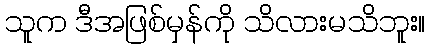
သူက ဒီအဖြစ်မှန်ကို သိလားမသိဘူး။